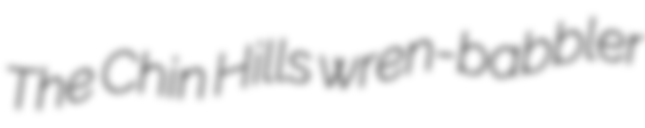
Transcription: The Chin Hills wren-babbler